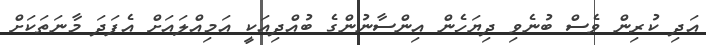
އަދި ކުރިން ވެސް ބުނެވި ދިޔަހެން އިންސާނުންގެ ބުއްދިއަކީ އަމިއްލައަށް އެފަދަ މާނަތަކަށް